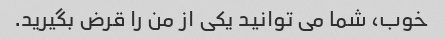
خوب، شما می توانید یکی از من را قرض بگیرید.